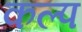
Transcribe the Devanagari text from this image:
कल्‍प